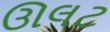
ઊલટ